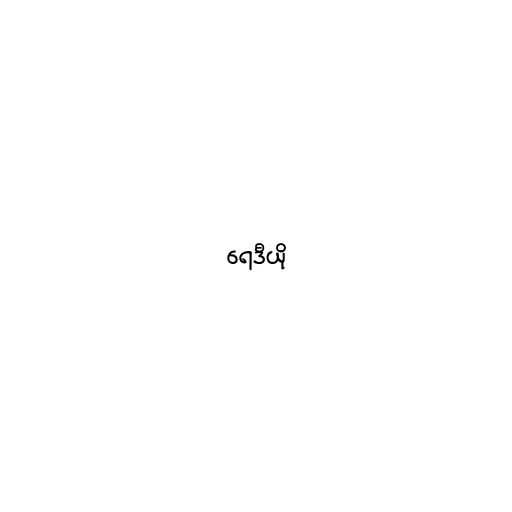
ရေဒီယို